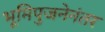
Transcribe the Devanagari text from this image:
भूमिपुजनेनंतर